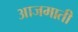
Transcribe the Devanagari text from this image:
आजमाती